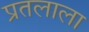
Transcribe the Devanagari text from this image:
प्रतलाला